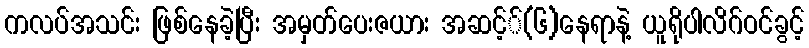
ကလပ်အသင်း ဖြစ်နေခဲ့ပြီး အမှတ်ပေးဇယား အဆင့််(၆)နေရာနဲ့ ယူရိုပါလိဂ်ဝင်ခွင့်